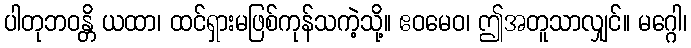
ပါတုဘဝန္တိ ယထာ၊ ထင်ရှားမဖြစ်ကုန်သကဲ့သို့။ ဧဝမေဝ၊ ဤအတူသာလျှင်။ မဂ္ဂေါ၊